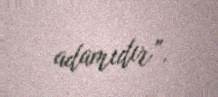
adamıdır”.